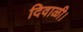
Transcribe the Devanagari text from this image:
दिवाळी।